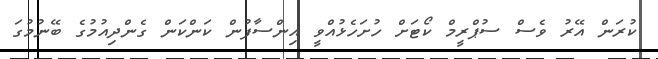
ކުރަން އޭރު ވެސް ސުޕްރީމް ކޯޓަށް ހުށަހެޅުއްވީ އިންސާފުން ކަންކަން ގެންދިއުމުގެ ބޭނުމުގަ